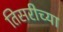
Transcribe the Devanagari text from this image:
तिसरीच्या